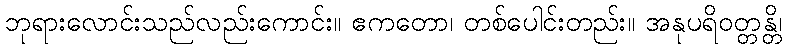
ဘုရားလောင်းသည်လည်းကောင်း။ ဧကတော၊ တစ်ပေါင်းတည်း။ အနုပရိဝတ္တန္တိ၊